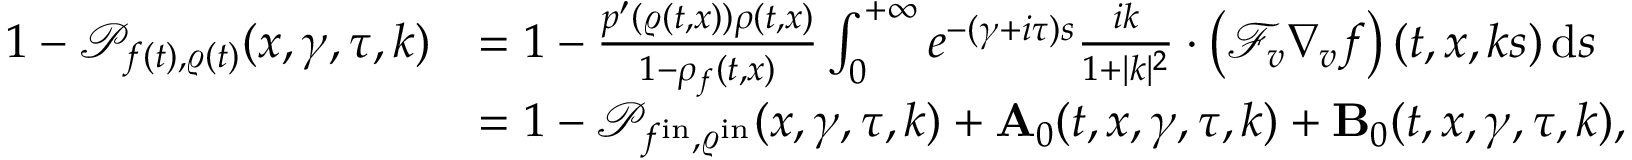
\begin{array} { r l } { 1 - \mathscr { P } _ { f ( t ) , \varrho ( t ) } ( x , \gamma , \tau , k ) } & { = 1 - \frac { p ^ { \prime } ( \varrho ( t , x ) ) \rho ( t , x ) } { 1 - \rho _ { f } ( t , x ) } \int _ { 0 } ^ { + \infty } e ^ { - ( \gamma + i \tau ) s } \frac { i k } { 1 + \vert k \vert ^ { 2 } } \cdot \left( \mathcal { F } _ { v } \nabla _ { v } f \right) ( t , x , k s ) \, \mathrm { d } s } \\ & { = 1 - \mathscr { P } _ { f ^ { \mathrm { i n } } , \varrho ^ { \mathrm { i n } } } ( x , \gamma , \tau , k ) + \mathbf { A } _ { 0 } ( t , x , \gamma , \tau , k ) + \mathbf { B } _ { 0 } ( t , x , \gamma , \tau , k ) , } \end{array}